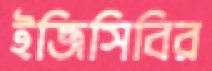
ইজিসিবির